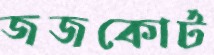
জজকোর্ট